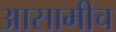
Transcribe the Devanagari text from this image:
आसामीच